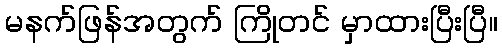
မနက်ဖြန်အတွက် ကြိုတင် မှာထားပြီးပြီ။